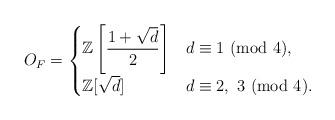
LaTeX: \begin{align*} O_F = \begin{cases} \mathbb Z\left[\dfrac{1+\sqrt d}{2}\right] & d \equiv 1\ (\mathrm{mod}\ 4), \\ \mathbb Z[\sqrt d] & d \equiv 2,\ 3\ (\mathrm{mod}\ 4). \end{cases} \end{align*}